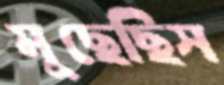
মুছেছিস